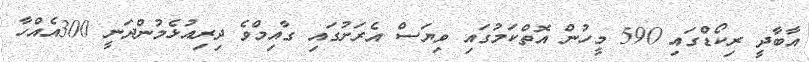
އާބާދީ ރިކޯޑްގައި 590 މީހުން އޮތްކަމުގައި ވިޔަސް އެރަށުގައި ގާއިމްވެ ދިރިއުޅެމުންދަނީ 300އެއްހާ